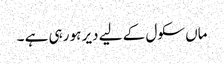
ماں سکول کے لیے دیر ہو رہی ہے ۔